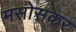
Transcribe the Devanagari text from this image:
मसोसकर